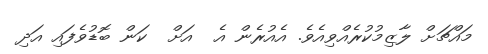
މައްޗަށް ލާޒިމުކުރެއްވިއެވެ. އެއުރެން އެ  އަށް  ކަން ބޮޑުވެފައި އަދި